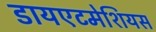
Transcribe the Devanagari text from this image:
डायएटमेशियस